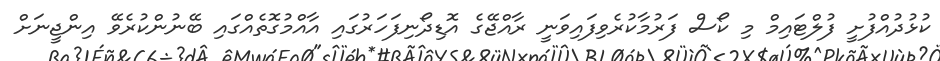
ކުޅުދުއްފުށީ ފުލްޓައިމް މި ކޯސް ފަރުމާކުރެވިފައިވަނީ ރާއްޖޭގެ އޮޑިދޯނިފަހަރުގައި އާއްމުގޮތެއްގައި ބޭނުންކުރެވޭ އިންޖީނަށް